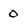
Character: 0